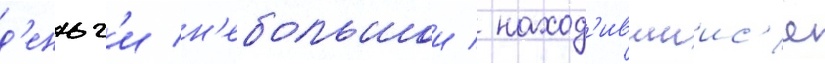
д'еньг'и н'ебольшои / наход'ившиис'я